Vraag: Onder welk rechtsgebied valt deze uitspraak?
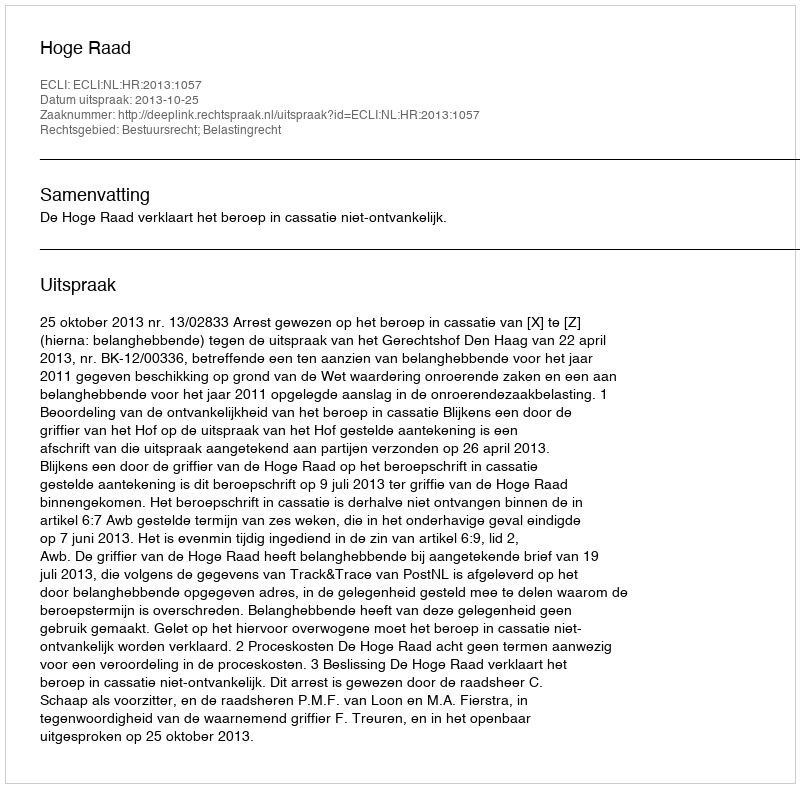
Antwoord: Bestuursrecht; Belastingrecht